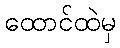
ထောင်ထဲမှ